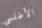
الأطلسي